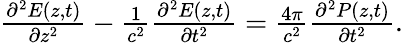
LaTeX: \begin{array}{r}{\frac{\partial^{2}E(z,t)}{\partial z^{2}}-\frac{1}{c^{2}}\frac{\partial^{2}E(z,t)}{\partial t^{2}}=\frac{4\pi}{c^{2}}\frac{\partial^{2}P(z,t)}{\partial t^{2}}.}\end{array}